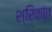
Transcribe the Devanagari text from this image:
श्रिकांत